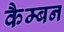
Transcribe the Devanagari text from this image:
कैम्बन